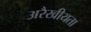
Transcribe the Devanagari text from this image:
अरैखीयता